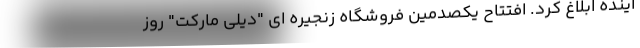
آینده ابلاغ کرد. افتتاح یکصدمین فروشگاه زنجیره ای "دیلی مارکت" روز